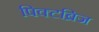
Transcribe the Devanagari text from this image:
पिक्टब्रिज